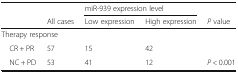
<table><thead><tr><td rowspan="2">[EMPTY_CELL]</td><td>[EMPTY_CELL]</td><td colspan="2"><b>miR-939 expression level</b></td><td>[EMPTY_CELL]</td></tr><tr><td><b>All cases</b></td><td><b>Low expression</b></td><td><b>High expression</b></td><td><b><i>P</i> value</b></td></tr></thead><tbody><tr><td colspan="5">Therapy response</td></tr><tr><td> CR + PR</td><td>57</td><td>15</td><td>42</td><td>[EMPTY_CELL]</td></tr><tr><td> NC + PD</td><td>53</td><td>41</td><td>12</td><td><i>P</i> &lt; 0.001</td></tr></tbody></table>